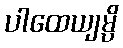
ပါထေယျမ္ပိ